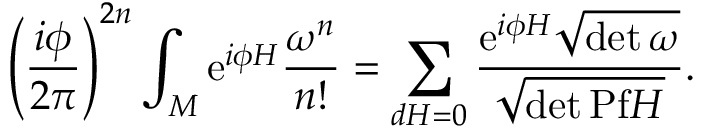
\left( \frac { i \phi } { { 2 \pi } } \right) ^ { 2 n } \int _ { M } \mathrm { e } ^ { i \phi H } \frac { \omega ^ { n } } { n ! } = \sum _ { d H = 0 } \frac { \mathrm { e } ^ { i \phi H } { { \sqrt { \operatorname * { d e t } \omega } } } } { \sqrt { \operatorname * { d e t } \mathrm { P f } H } } .